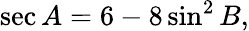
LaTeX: \sec A=6-8\sin^{2}B,